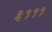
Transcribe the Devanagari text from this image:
३१११